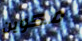
مكوين